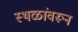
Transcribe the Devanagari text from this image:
स्थळांवरून